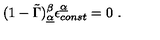
( 1 - \tilde { \Gamma } ) _ { \underline { { \alpha } } } ^ { \beta } \epsilon _ { c o n s t } ^ { \underline { { \alpha } } } = 0 \ .